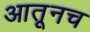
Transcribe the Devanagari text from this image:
आतूनच